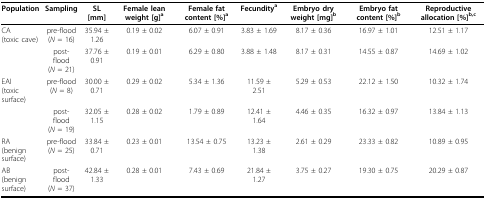
<table><thead><tr><td><b>Population</b></td><td><b>Sampling</b></td><td><b>SL [mm]</b></td><td><b>Female lean weight [g]<sup>a</sup></b></td><td><b>Female fat content [%]<sup>a</sup></b></td><td><b>Fecundity<sup>a</sup></b></td><td><b>Embryo dry weight [mg]<sup>b</sup></b></td><td><b>Embryo fat content [%]<sup>b</sup></b></td><td><b>Reproductive allocation [%]<sup>b,c</sup></b></td></tr></thead><tbody><tr><td>CA(toxic cave)</td><td>pre-flood(<i>N </i>= 16)</td><td>35.94 ± 1.26</td><td>0.19 ± 0.02</td><td>6.07 ± 0.91</td><td>3.83 ± 1.69</td><td>8.17 ± 0.36</td><td>16.97 ± 1.01</td><td>12.51 ± 1.17</td></tr><tr><td></td><td>post-flood(<i>N </i>= 21)</td><td>37.76 ± 0.91</td><td>0.19 ± 0.01</td><td>6.29 ± 0.80</td><td>3.88 ± 1.48</td><td>8.17 ± 0.31</td><td>14.55 ± 0.87</td><td>14.69 ± 1.02</td></tr><tr><td>EAI(toxic surface)</td><td>pre-flood(<i>N </i>= 8)</td><td>30.00 ± 0.71</td><td>0.29 ± 0.02</td><td>5.34 ± 1.36</td><td>11.59 ± 2.51</td><td>5.29 ± 0.53</td><td>22.12 ± 1.50</td><td>10.32 ± 1.74</td></tr><tr><td></td><td>post-flood(<i>N </i>= 19)</td><td>32.05 ± 1.15</td><td>0.28 ± 0.02</td><td>1.79 ± 0.89</td><td>12.41 ± 1.64</td><td>4.46 ± 0.35</td><td>16.32 ± 0.97</td><td>13.84 ± 1.13</td></tr><tr><td>RA(benign surface)</td><td>pre-flood(<i>N </i>= 25)</td><td>33.84 ± 0.71</td><td>0.23 ± 0.01</td><td>13.54 ± 0.75</td><td>13.23 ± 1.38</td><td>2.61 ± 0.29</td><td>23.33 ± 0.82</td><td>10.89 ± 0.95</td></tr><tr><td>AB(benign surface)</td><td>post-flood(<i>N </i>= 37)</td><td>42.84 ± 1.33</td><td>0.28 ± 0.01</td><td>7.43 ± 0.69</td><td>21.84 ± 1.27</td><td>3.75 ± 0.27</td><td>19.30 ± 0.75</td><td>20.29 ± 0.87</td></tr></tbody></table>